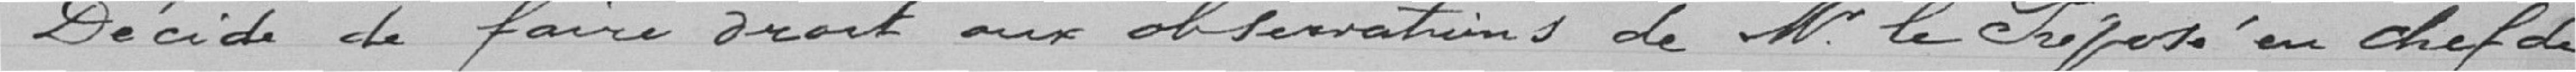
Décide de faire droit aux observations de Ne le Proposé en chef de